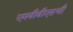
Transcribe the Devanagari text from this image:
एमबीबीएसची